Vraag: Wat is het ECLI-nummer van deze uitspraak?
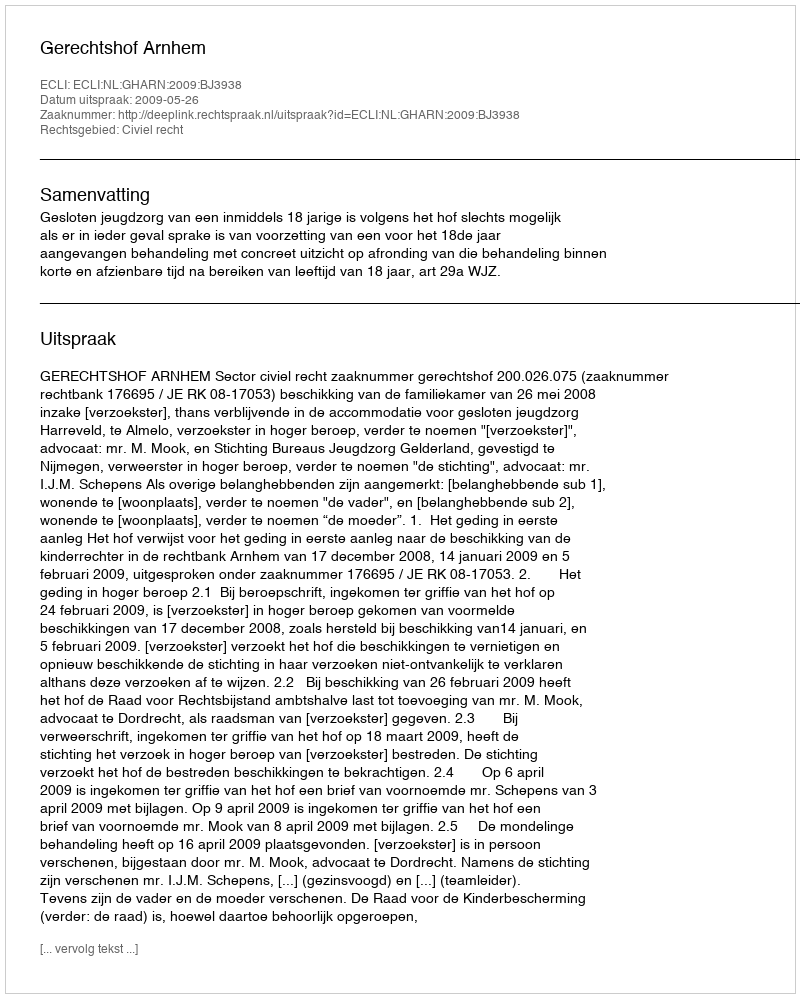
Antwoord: ECLI:NL:GHARN:2009:BJ3938